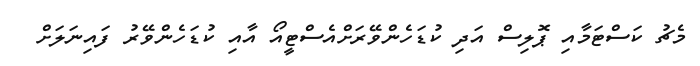
މެޗު ކަސްޓަމާއި ޕޮލިސް އަދި ކުޑަހެންވޭރަށްއެސްޓީއޯ އާއި ކުޑަހެންވޭރު ފައިނަލަށް